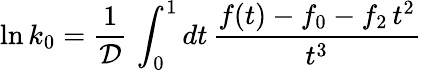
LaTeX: \ln k_{0}=\frac{1}{\cal D}\, \int_{0}^{1}dt\, \frac{f(t)-f_{0}-f_{2}\, t^{2}}{t^{3}}